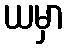
ယမှာ